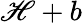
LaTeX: \mathscr{H}+b